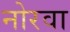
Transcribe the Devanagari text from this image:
नोरवा